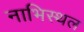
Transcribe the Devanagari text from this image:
नाभिस्थल